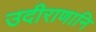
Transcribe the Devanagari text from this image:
उदीराणानि